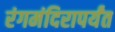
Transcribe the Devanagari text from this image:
रंगमंदिरापर्यंत